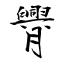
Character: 臖